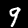
Digit: 9